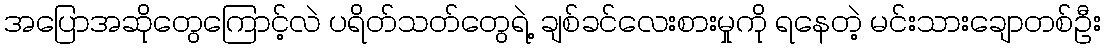
အပြောအဆိုတွေကြောင့်လဲ ပရိတ်သတ်တွေရဲ့ ချစ်ခင်လေးစားမှုကို ရနေတဲ့ မင်းသားချောတစ်ဦး